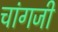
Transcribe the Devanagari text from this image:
चांगजी